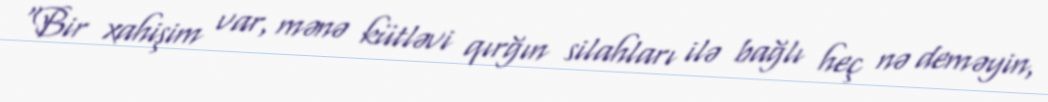
“Bir xahişim var, mənə kütləvi qırğın silahları ilə bağlı heç nə deməyin,